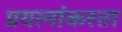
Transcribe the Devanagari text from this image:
प्रयत्नांकरता